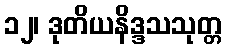
၁၂၊ ဒုတိယနိဒ္ဒသသုတ္တ